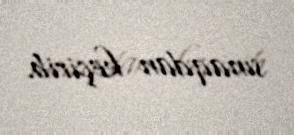
sınaqdan keçirib.